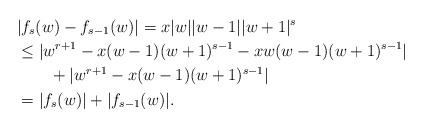
LaTeX: \begin{align*} &\vert f_{s}(w)-f_{s-1}(w)\vert = x\vert w \vert \vert w-1\vert \vert w+1\vert^s\\&\leq \vert w^{r+1}-x(w-1)(w+1)^{s-1}-xw(w-1)(w+1)^{s-1}\vert\\ & \quad\quad+\vert w^{r+1}-x(w-1)(w+1)^{s-1}\vert\\&=\vert f_s(w)\vert +\vert f_{s-1}(w)\vert.\end{align*}